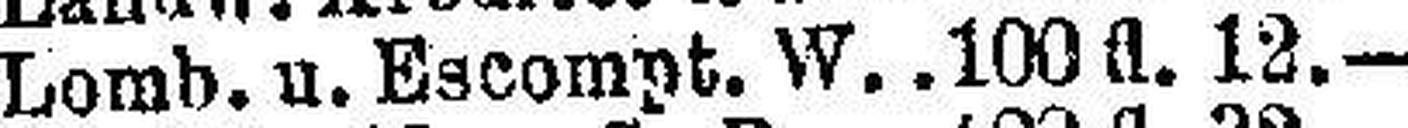
Lomb. u. Escompt. W. 100 fl. 12.—